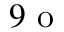
9 \textup { o }